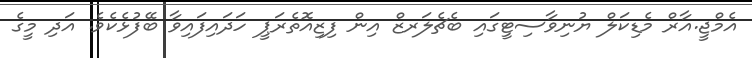
އެމްޖީ.އާރް މެޑިކަލް ޔުނިވާސިޓީގައި ބެޗެލަރޒް އިން ފިޒިއޮތެރަޕީ ހަދައިފައިވާ ބޭފުޅެކެވެ. އަދި މީގެ